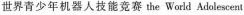
世界青少年机器人技能竞赛the World Adolescent